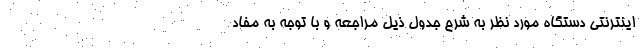
اینترنتی دستگاه مورد نظر به شرح جدول ذیل مراجعه و با توجه به مفاد